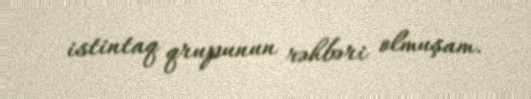
istintaq qrupunun rəhbəri olmuşam.